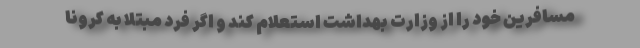
مسافرین خود را از وزارت بهداشت استعلام کند و اگر فرد مبتلا به کرونا